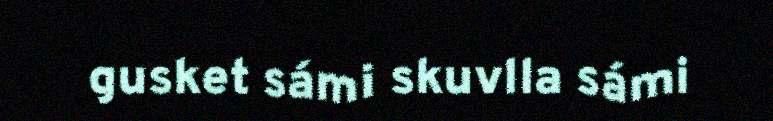
gusket sámi skuvlla sámi